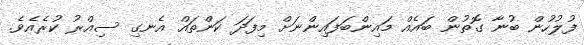
ފުލުހުން ބުނާ ގޮތުން ބައެއް މައިންބަފައިންނަށް މިފަދަ ކަންތައް އެނގި ސިއްރު ކުރެއެވެ.